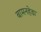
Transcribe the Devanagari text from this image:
बामनहेडा